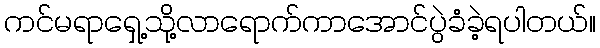
ကင်မရာရှေ့သို့လာရောက်ကာအောင်ပွဲခံခဲ့ရပါတယ်။